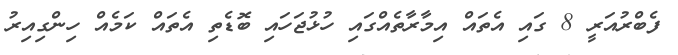
ފެބްރުއަރީ 8 ގައި އެތައް އިމާރާތެއްގައި ހުޅުޖަހައި ބޮޑެތި އެތައް ކަމެއް ހިންގިއިރު